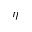
\eta